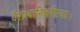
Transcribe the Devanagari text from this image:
वैराग्यानिलनीरजाः।